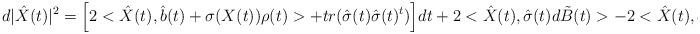
LaTeX: \begin{align*}d|\hat{X}(t)|^2=\Big[2<\hat{X}(t),\hat{b}(t)+\sigma(X(t))\rho(t)>+tr(\hat{\sigma}(t)\hat{\sigma}(t)^t)\Big]dt+2<\hat{X}(t),\hat{\sigma}(t)d\tilde{B}(t)>-2<\hat{X}(t),d\hat{\eta}(t)>\,.\end{align*}